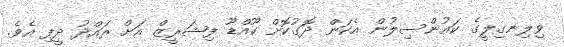
ވިލިނގިލީގެ ކައުންސިލުން އެކަން ދޮގުކޮށް ކޫއްޑޫ ފިޝަރީޒް އަށް ރައްދު ދީފި އެވެ.